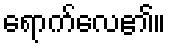
ရောက်လေ၏။